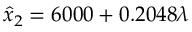
\hat { x } _ { 2 } = 6 0 0 0 + 0 . 2 0 4 8 \lambda